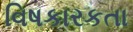
વિષકારકતા